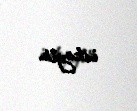
istəyir.